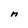
Character: n